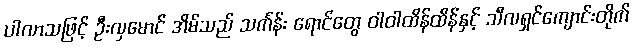
ပါလာသဖြင့် ဦးလှမောင် အိမ်သည် သင်္ကန်း ရောင်တွေ ဝါဝါထိန်ထိန်နှင့် သီလရှင်ကျောင်းတိုက်